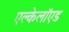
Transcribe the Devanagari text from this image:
एल्केलॉएड